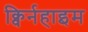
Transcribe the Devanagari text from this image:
क्विर्नहाइम